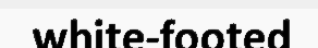
white-footed